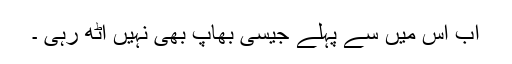
اب اِس میں سے پہلے جیسی بھاپ بھی نہیں اٹھ رہی ۔